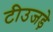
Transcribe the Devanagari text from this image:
टीउजड़े